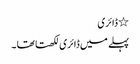
٭ ڈائری
پہلے میں ڈائری لکھتا تھا ۔